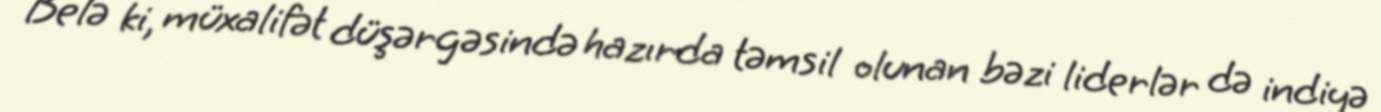
Belə ki, müxalifət düşərgəsində hazırda təmsil olunan bəzi liderlər də indiyə